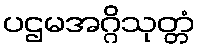
ပဌမအဂ္ဂိသုတ္တံ